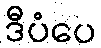
ဒီပံပေ